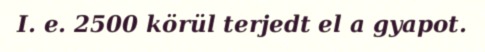
I. e. 2500 körül terjedt el a gyapot.